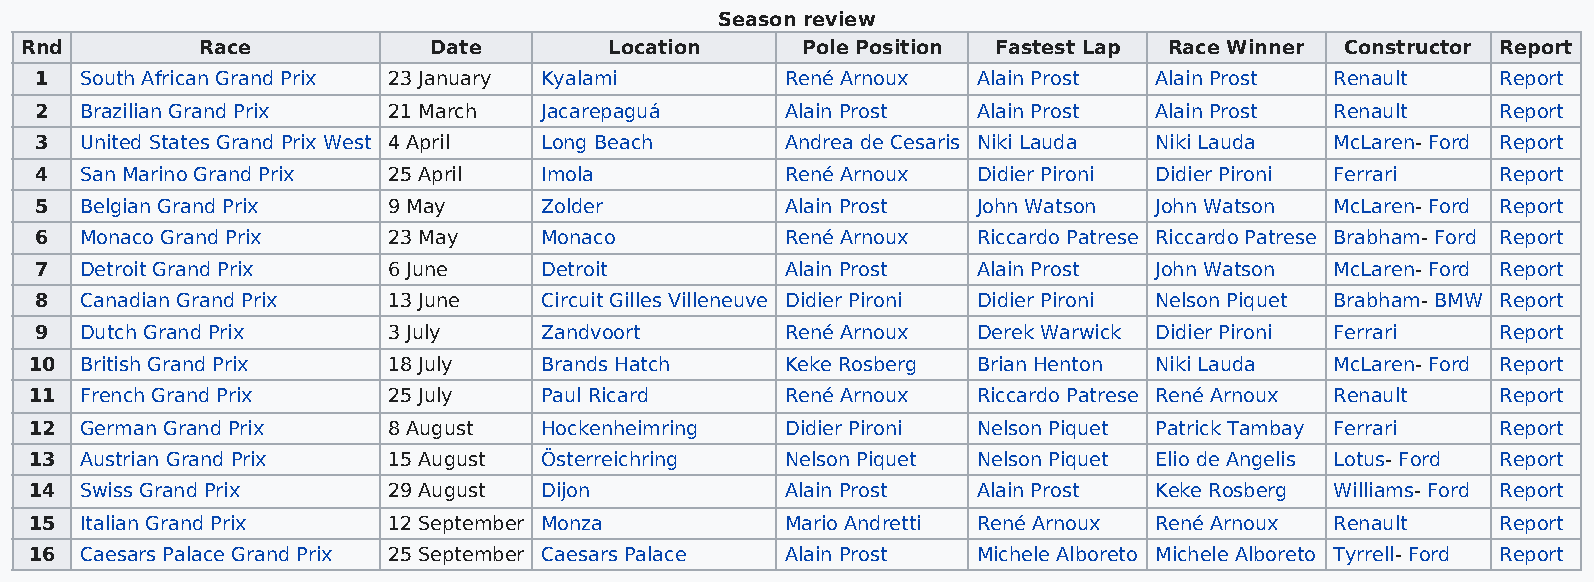
Season review
 Rnd         Race           Date        Location     Pole Position Fastest Lap Race Winner Constructor Report
 1  South African Grand Prix 23 January Kyalami    René Arnoux  Alain Prost Alain Prost Renault   Report
 2  Brazilian Grand Prix 21 March  Jacarepaguá     Alain Prost  Alain Prost Alain Prost Renault   Report
 3  United States Grand Prix West 4 April Long Beach Andrea de Cesaris Niki Lauda Niki Lauda McLaren- Ford Report
 4  San Marino Grand Prix 25 April Imola           René Arnoux  Didier Pironi Didier Pironi Ferrari Report
 5  Belgian Grand Prix   9 May     Zolder          Alain Prost  John Watson John Watson McLaren- Ford Report
 6  Monaco Grand Prix    23 May    Monaco          René Arnoux  Riccardo Patrese Riccardo Patrese Brabham- Ford Report
 7  Detroit Grand Prix   6 June    Detroit         Alain Prost  Alain Prost John Watson McLaren- Ford Report
 8  Canadian Grand Prix  13 June   Circuit Gilles Villeneuve Didier Pironi Didier Pironi Nelson Piquet Brabham- BMW Report
 9  Dutch Grand Prix     3 July    Zandvoort       René Arnoux  Derek Warwick Didier Pironi Ferrari Report
 10 British Grand Prix   18 July   Brands Hatch    Keke Rosberg Brian Henton Niki Lauda McLaren- Ford Report
 11 French Grand Prix    25 July   Paul Ricard     René Arnoux  Riccardo Patrese René Arnoux Renault Report
 12 German Grand Prix    8 August  Hockenheimring  Didier Pironi Nelson Piquet Patrick Tambay Ferrari Report
 13 Austrian Grand Prix  15 August Österreichring  Nelson Piquet Nelson Piquet Elio de Angelis Lotus- Ford Report
 14 Swiss Grand Prix     29 August Dijon           Alain Prost  Alain Prost Keke Rosberg Williams- Ford Report
 15 Italian Grand Prix   12 September Monza        Mario Andretti René Arnoux René Arnoux Renault Report
 16 Caesars Palace Grand Prix 25 September Caesars Palace Alain Prost Michele Alboreto Michele Alboreto Tyrrell- Ford Report